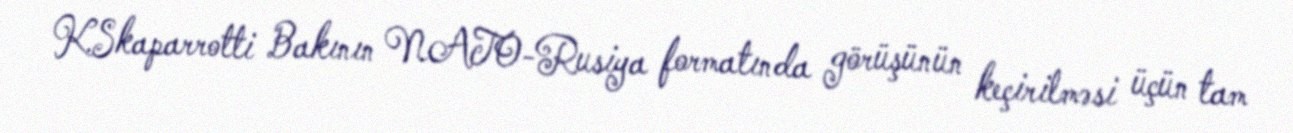
K.Skaparrotti Bakının NATO-Rusiya formatında görüşünün keçirilməsi üçün tam